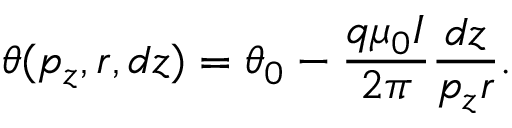
\theta ( p _ { z } , r , d z ) = \theta _ { 0 } - \frac { q \mu _ { 0 } I } { 2 \pi } \frac { d z } { p _ { z } r } .